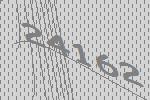
24162